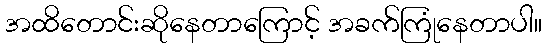
အထိတောင်းဆိုနေတာကြောင့် အခက်ကြုံနေတာပါ။